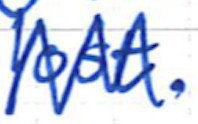
Text: lost.
Cross-out: zig-zag
Writing tool: ballpoint